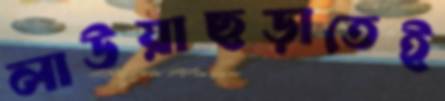
লাউয়াছড়াতেই